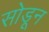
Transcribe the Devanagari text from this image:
सोडूून